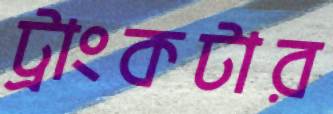
ট্রাংকটার